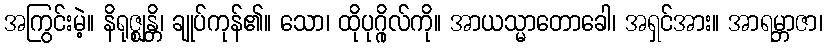
အကြွင်းမဲ့။ နိရုဇ္ဈန္တိ၊ ချုပ်ကုန်၏။ သော၊ ထိုပုဂ္ဂိုလ်ကို။ အာယသ္မာတောခေါ၊ အရှင်အား။ အာရမ္ဘာဇာ၊